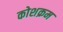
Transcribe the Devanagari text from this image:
कोशक्रम